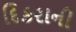
દિકરાની